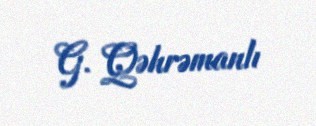
G. Qəhrəmanlı